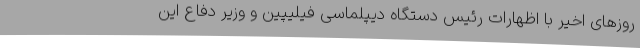
روزهای اخیر با اظهارات رئیس دستگاه دیپلماسی فیلیپین و وزیر دفاع این